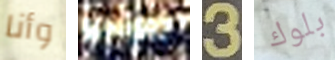
وأنا بالراديو 3 بلوك